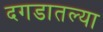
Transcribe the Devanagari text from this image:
दगडातल्या